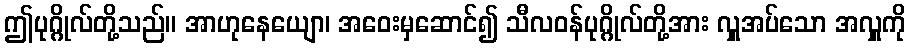
ဤပုဂ္ဂိုလ်တို့သည်။ အာဟုနေယျော၊ အဝေးမှဆောင်၍ သီလဝန်ပုဂ္ဂိုလ်တို့အား လှူအပ်သော အလှူကို